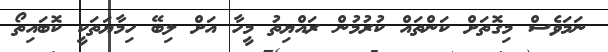
ނަމަވެސް މިގޮތަށް ކަންތައް ކުރުމުން ރައްޔިތު މީހާ އަށް ލިބޭ ހިމާޔަތަކީ ކޮބައިތޯ